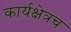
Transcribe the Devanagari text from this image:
कार्यक्षेत्रच